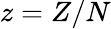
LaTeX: z=Z/N